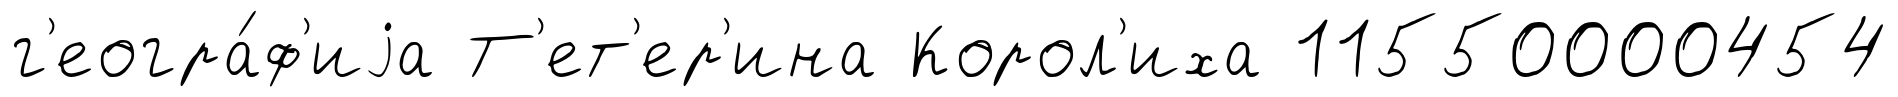
г'еогра́ф'иjа Т'ет'ер'ина Корол'иха 11550000454